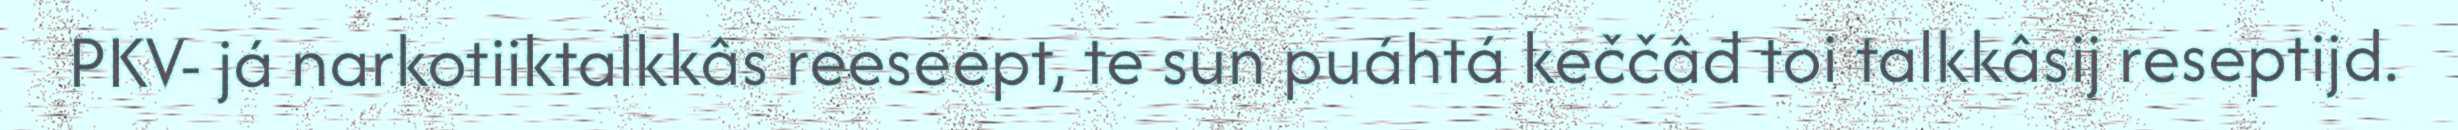
PKV- já narkotiiktalkkâs reeseept, te sun puáhtá keččâđ toi talkkâsij reseptijd.